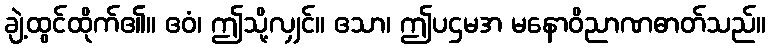
ချဲ့ထွင်ထိုက်၏။ ဧဝံ၊ ဤသို့လျှင်။ ဧသာ၊ ဤပဌမအ မနောဝိညာဏဓာတ်သည်။